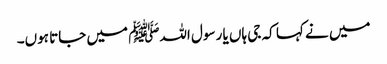
میں نے کہا کہ جی ہاں یا رسول اللہﷺ میں جاتا ہوں۔